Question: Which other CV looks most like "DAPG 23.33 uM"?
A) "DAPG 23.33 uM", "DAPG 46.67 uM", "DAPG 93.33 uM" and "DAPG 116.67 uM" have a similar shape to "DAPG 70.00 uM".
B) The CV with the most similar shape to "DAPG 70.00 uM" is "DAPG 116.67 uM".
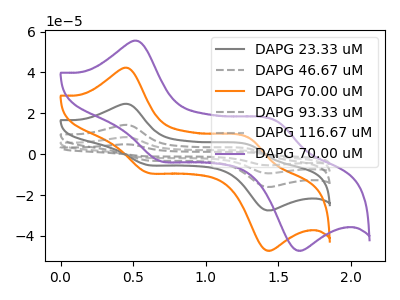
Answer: <think>The gray curve "DAPG 23.33 uM" has anodic peaks at (0.45V, 24.60uA) (1.30V, 4.60uA) and cathodic peaks at (0.60V, -5.15uA) (1.40V, -27.35uA). The gray dashed curve "DAPG 46.67 uM" has anodic peaks at (0.45V, 49.15uA) (1.30V, 9.20uA) and cathodic peaks at (0.60V, -10.35uA) (1.40V, -54.65uA). The orange curve "DAPG 70.00 uM" has anodic peaks at (0.45V, 42.20uA) (1.30V, 7.90uA) and cathodic peaks at (0.60V, -8.85uA) (1.40V, -46.90uA). The gray dashed curve "DAPG 93.33 uM" has anodic peaks at (0.45V, 98.35uA) (1.30V, 18.45uA) and cathodic peaks at (0.60V, -20.70uA) (1.40V, -109.30uA). The gray dashed curve "DAPG 116.67 uM" has anodic peaks at (0.45V, 73.75uA) (1.30V, 13.85uA) and cathodic peaks at (0.60V, -15.50uA) (1.40V, -82.00uA). The purple curve "DAPG 70.00 uM" has anodic peaks at (0.55V, 55.40uA) (1.50V, 16.05uA) and cathodic peaks at (0.70V, -3.20uA) (1.60V, -46.85uA).
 All the peaks in "DAPG 23.33 uM" have a peak in "DAPG 46.67 uM" at the same potential. Every peak in "DAPG 23.33 uM" is lower than every peak in "DAPG 46.67 uM". All the peaks in "DAPG 23.33 uM" have a peak in "DAPG 70.00 uM" at the same potential. Every peak in "DAPG 23.33 uM" is lower than every peak in "DAPG 70.00 uM". All the peaks in "DAPG 23.33 uM" have a peak in "DAPG 93.33 uM" at the same potential. Every peak in "DAPG 23.33 uM" is lower than every peak in "DAPG 93.33 uM". All the peaks in "DAPG 23.33 uM" have a peak in "DAPG 116.67 uM" at the same potential. Every peak in "DAPG 23.33 uM" is lower than every peak in "DAPG 116.67 uM". "DAPG 23.33 uM" and "DAPG 70.00 uM" have at least one peak that do not match. All the peaks in "DAPG 46.67 uM" have a peak in "DAPG 70.00 uM" at the same potential. Every peak in "DAPG 46.67 uM" is higher than every peak in "DAPG 70.00 uM". All the peaks in "DAPG 46.67 uM" have a peak in "DAPG 93.33 uM" at the same potential. Every peak in "DAPG 46.67 uM" is lower than every peak in "DAPG 93.33 uM". All the peaks in "DAPG 46.67 uM" have a peak in "DAPG 116.67 uM" at the same potential. Every peak in "DAPG 46.67 uM" is lower than every peak in "DAPG 116.67 uM". "DAPG 46.67 uM" and "DAPG 70.00 uM" have at least one peak that do not match. All the peaks in "DAPG 70.00 uM" have a peak in "DAPG 93.33 uM" at the same potential. Every peak in "DAPG 70.00 uM" is lower than every peak in "DAPG 93.33 uM". All the peaks in "DAPG 70.00 uM" have a peak in "DAPG 116.67 uM" at the same potential. Every peak in "DAPG 70.00 uM" is lower than every peak in "DAPG 116.67 uM". "DAPG 70.00 uM" and "DAPG 70.00 uM" have at least one peak that do not match. All the peaks in "DAPG 93.33 uM" have a peak in "DAPG 116.67 uM" at the same potential. Every peak in "DAPG 93.33 uM" is higher than every peak in "DAPG 116.67 uM". "DAPG 93.33 uM" and "DAPG 70.00 uM" have at least one peak that do not match. "DAPG 116.67 uM" and "DAPG 70.00 uM" have at least one peak that do not match.</think>
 <answer>A) "DAPG 23.33 uM", "DAPG 46.67 uM", "DAPG 93.33 uM" and "DAPG 116.67 uM" have a similar shape to "DAPG 70.00 uM".</answer>
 <eval>A</eval>